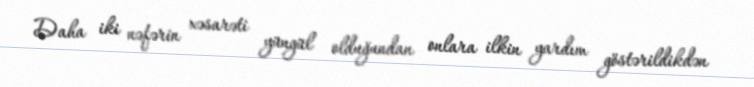
Daha iki nəfərin xəsarəti yüngül olduğundan onlara ilkin yardım göstərildikdən